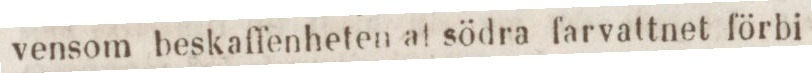
vensom beskaffenheten at södra farvattnet förbi